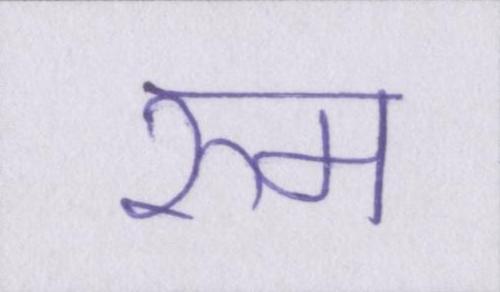
रुम